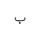
Letter: _ba